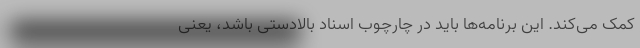
کمک می‌کند. این برنامه‌ها باید در چارچوب اسناد بالادستی باشد، یعنی